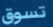
تسوق